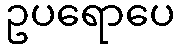
ဥပရောပေ